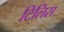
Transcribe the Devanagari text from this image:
टिलिस